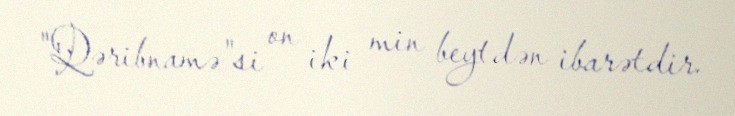
"Qəribnamə"si on iki min beytdən ibarətdir.